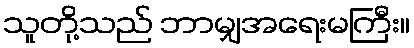
သူတို့သည် ဘာမျှအရေးမကြီး။